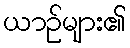
ယာဉ်များ၏